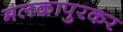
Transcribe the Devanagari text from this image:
मलकापुरकर